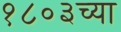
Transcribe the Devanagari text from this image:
१८०३च्या